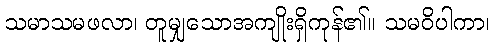
သမာသမဖလာ၊ တူမျှသောအကျိုးရှိကုန်၏။ သမဝိပါကာ၊